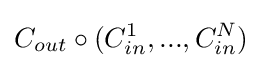
C_{out}\circ (C_{in}^{1},...,C_{in}^{N})